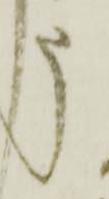
申